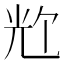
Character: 𪞀